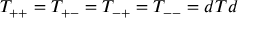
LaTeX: T _ { + + } = T _ { + - } = T _ { - + } = T _ { -- } = d T d